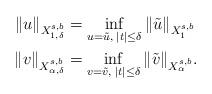
LaTeX: \begin{align*}\|u\|_{X^{s,b}_{1,\delta}} &= \inf_{u = \tilde{u}, \; |t| \leq \delta} \| \tilde{u}\|_{X_1^{s,b}} \\\|v\|_{X^{s,b}_{\alpha,\delta}} &= \inf_{v = \tilde{v}, \; |t| \leq\delta} \| \tilde{v}\|_{X^{s,b}_\alpha}.\end{align*}